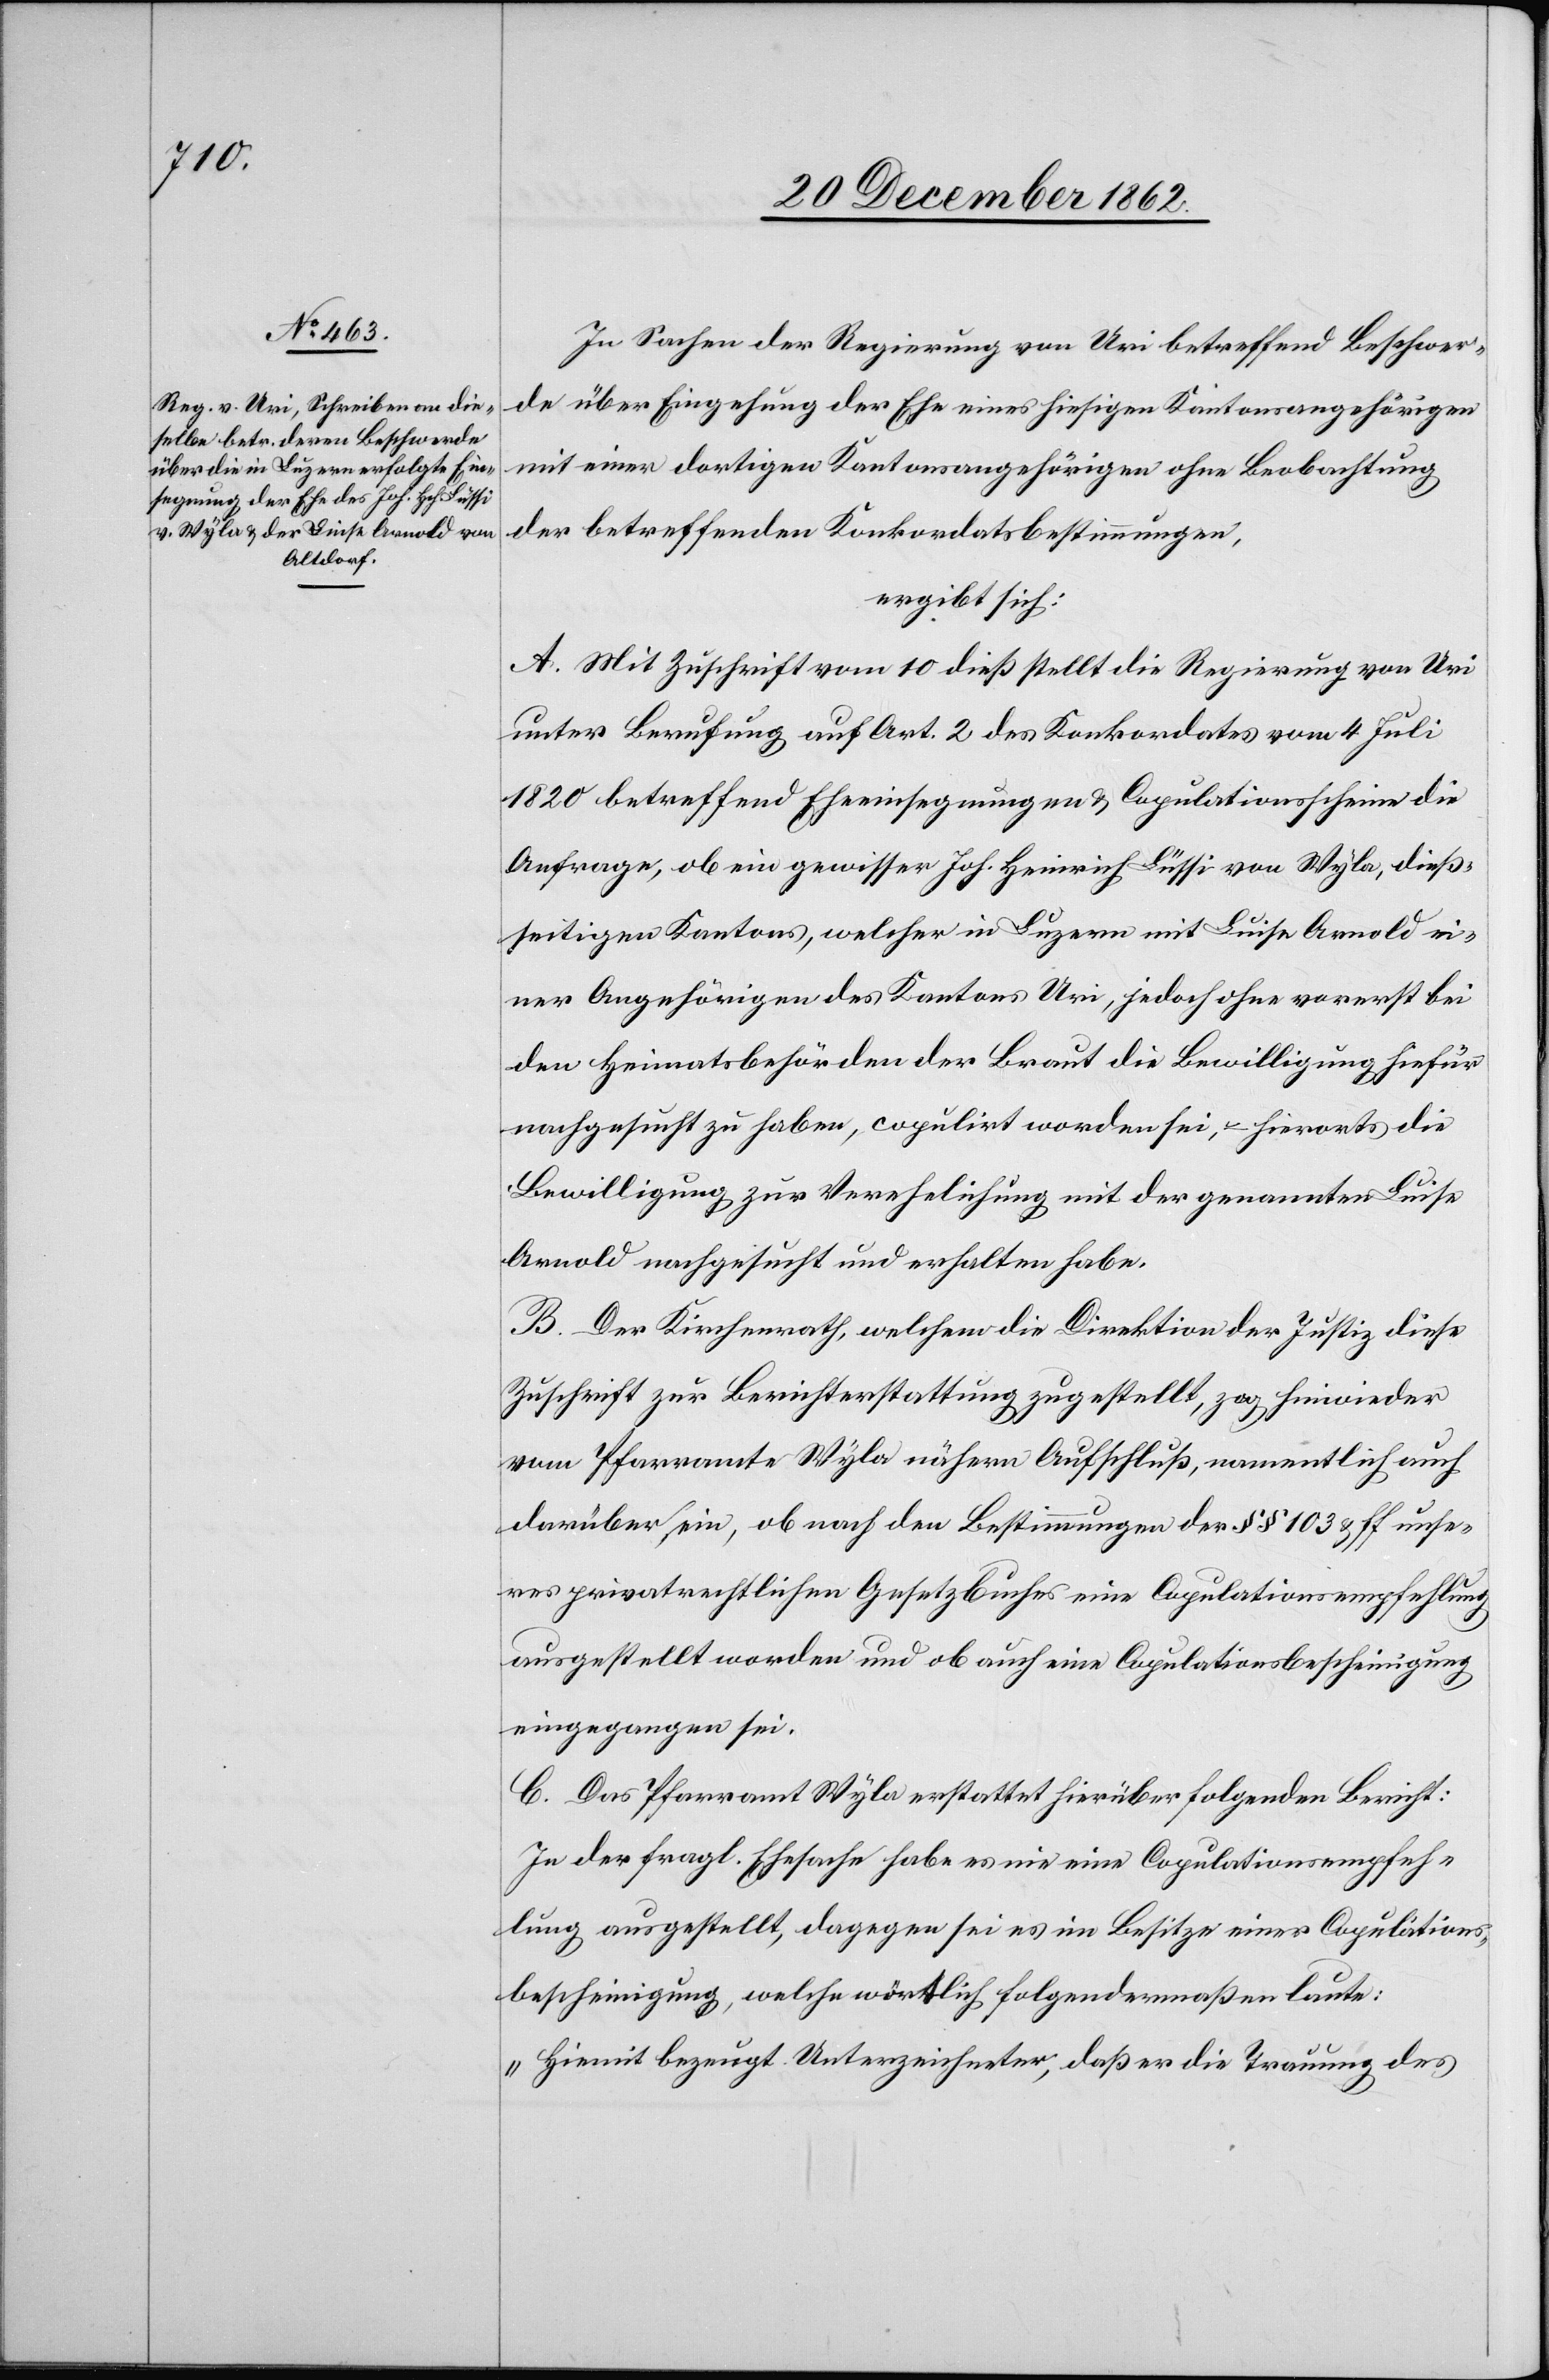
In Sachen der Regierung von Uri betreffend Beschwer¬
de über Eingehung der Ehe eines hiesigen Kantonsangehörigen
mit einer dortigen Kantonsangehörigen ohne Beobachtung
der betreffenden Konkordatsbestimmungen,
ergibt sich.
A. Mit Zuschrift vom 10. dieß stellt die Regierung von Uri
unter Berufung auf Art. 2 des Konkordates vom 4. Juli
1820 betreffend Eheeinsegnungen u. Copulationsscheine die
Anfrage, ob ein gewisser Joh. Heinrich Lüssi von Wyla, dieß¬
seitigen Kantons, welcher in Luzern mit Luise Arnold ei¬
ner Angehörigen des Kantons Uri, jedoch ohne vorerst bei
den Heimatsbehörden der Braut die Bewilligung hiefür
nachgesucht zu haben, copulirt worden sei, u. hierorts die
Bewilligung zur Verehelichung mit der genannten Luise
Arnold nachgesucht und erhalten habe.
B. Der Kirchenrath, welchem die Direktion der Justiz diese
Zuschrift zur Berichterstattung gestellt, zog hinwieder
vom Pfarramte Wyla nähern Aufschluß, namentlich auch
darüber, ein, ob nach den Bestimmungen der §§ 103 u. ff. unse¬
res privatrechtlichen Gesetzbuches eine Copulationsbescheinigung
eingegangen sei.
C. Das Pfarramt Wyla erstattet hierüber folgenden Bericht:
In der fragl. Ehesache habe es nie eine Copulationsempfeh¬
lung ausgestellt, dagegen sei es im Besitze einer Copulations¬
bescheinigung, welche wörtlich folgendermaßen laute:
„Hiemit bezeugt Unterzeichneter, daß er die Trauung des